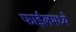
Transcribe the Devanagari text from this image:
फाईलमध्ये